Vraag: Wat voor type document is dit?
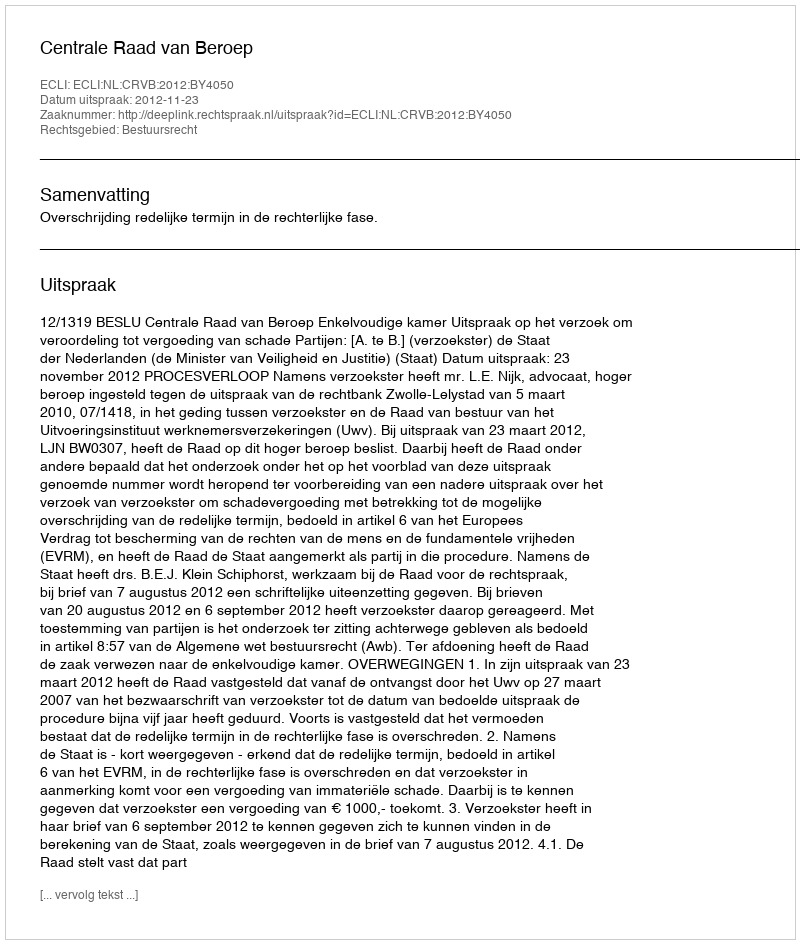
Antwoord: Uitspraak